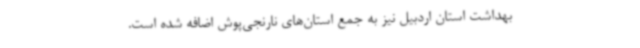
بهداشت استان اردبیل نیز به جمع استان‌های نارنجی‌پوش اضافه شده است.